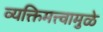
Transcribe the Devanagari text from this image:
व्यक्तिमत्त्वामुळे